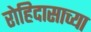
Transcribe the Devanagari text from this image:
रोहिदासाच्या